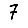
Digit: 7